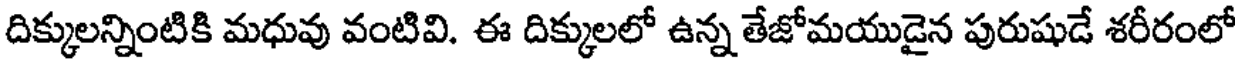
దిక్కులన్నింటికి మధువు వంటివి. ఈ దిక్కులలో ఉన్న తేజోమయుడైన పురుషుడే శరీరంలో